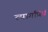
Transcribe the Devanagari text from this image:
त्यागप्रियं